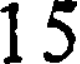
1 5